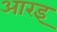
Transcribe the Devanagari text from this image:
आरइ